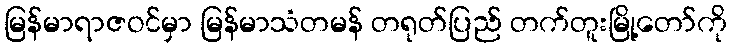
မြန်မာရာဇဝင်မှာ မြန်မာသံတမန် တရုတ်ပြည် တက်တူးမြို့တော်ကို